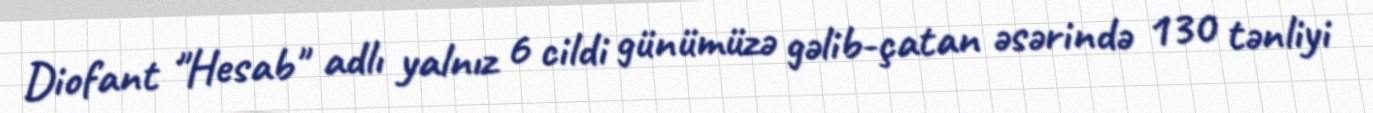
Diofant "Hesab" adlı yalnız 6 cildi günümüzə gəlib-çatan əsərində 130 tənliyi